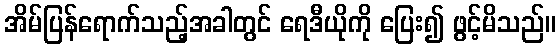
အိမ်ပြန်ရောက်သည့်အခါတွင် ရေဒီယိုကို ပြေး၍ ဖွင့်မိသည်။